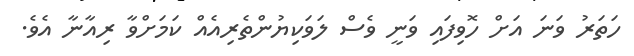
ހަތަރު ވަނަ އަށް ހޮވިފައި ވަނީ ވެސް ލަވަކިޔުންތެރިއެއް ކަމަށްވާ ރިއާނާ އެވެ.